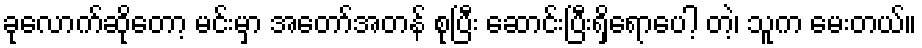
ခုလောက်ဆိုတော့ မင်းမှာ အတော်အတန် စုပြီး ဆောင်းပြီးရှိရောပေါ့ တဲ့၊ သူက မေးတယ်။